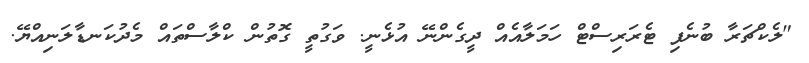
"ލެކްޗަރާ ބުނެފި ޓެރަރިސްޓް ހަމަލާއެއް ދީގެންނޭ އުޅެނީ. ވަގުތީ ގޮތުން ކްލާސްތައް މެދުކަނޑާލަނިއްޔޭ.